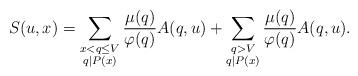
LaTeX: \begin{align*}S(u,x)=\sum_{\substack{x<q\le V\\q|P(x)}}\frac{\mu(q)}{\varphi(q)}A(q,u)+\sum_{\substack{q>V\\q|P(x)}}\frac{\mu(q)}{\varphi(q)}A(q,u).\end{align*}